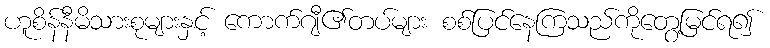
ဟူစိန်နီမိသားစုများနှင့် ကောက်ဂျီ၏တပ်များ စစ်ပြင်နေကြသည်ကိုတွေ့မြင်ရ၍